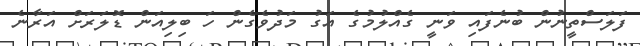
ފަލަސްތީނުން ބުނެފައި ވަނީ ގެއްލުމުގެ އަގު މަދުވެގެން ހަ ބިލިއަން ޑޮލަރަށް އަރާނެ